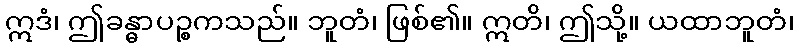
ဣဒံ၊ ဤခန္ဓာပဉ္စကသည်။ ဘူတံ၊ ဖြစ်၏။ ဣတိ၊ ဤသို့။ ယထာဘူတံ၊